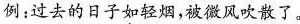
例：过去的日子如轻烟，被微风吹散了。